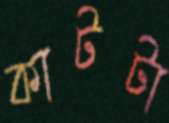
কাটটা